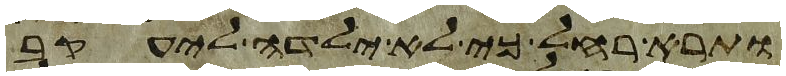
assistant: ותרא רחל כי לא ילדה ליעקב